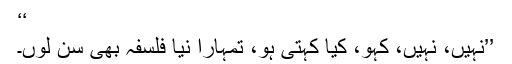
‘‘
’’نہیں، نہیں، کہو، کیا کہتی ہو، تمہارا نیا فلسفہ بھی سن لوں۔